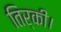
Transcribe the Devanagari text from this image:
तिर्की।